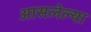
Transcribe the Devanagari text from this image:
आसलेल्या